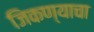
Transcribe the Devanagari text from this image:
जिकण्याचा